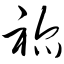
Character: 祢